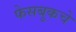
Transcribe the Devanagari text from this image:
फेसबुकचे